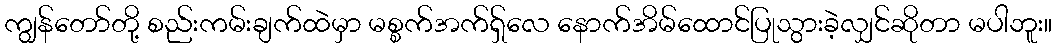
ကျွန်တော်တို့ စည်းကမ်းချက်ထဲမှာ မစ္စက်အက်ရှ်လေ နောက်အိမ်ထောင်ပြုသွားခဲ့လျှင်ဆိုတာ မပါဘူး။